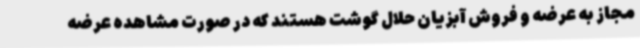
مجاز به عرضه و فروش آبزیان حلال گوشت هستند که در صورت مشاهده عرضه